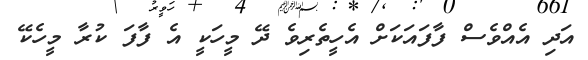
އަދި އެއްވެސް ފާފައަކަށް އެހީތެރިވެ ދޭ މީހަކީ އެ ފާފަ ކުރާ މީހެކޭ